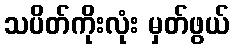
သပိတ်ကိုးလုံး မှတ်ဖွယ်